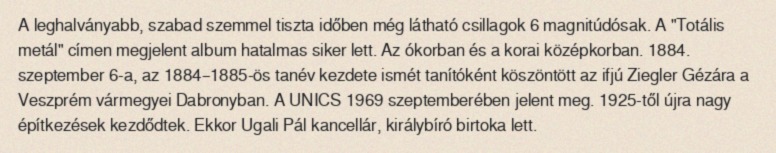
A leghalványabb, szabad szemmel tiszta időben még látható csillagok 6 magnitúdósak. A "Totális metál" címen megjelent album hatalmas siker lett. Az ókorban és a korai középkorban. 1884. szeptember 6-a, az 1884–1885-ös tanév kezdete ismét tanítóként köszöntött az ifjú Ziegler Gézára a Veszprém vármegyei Dabronyban. A UNICS 1969 szeptemberében jelent meg. 1925-től újra nagy építkezések kezdődtek. Ekkor Ugali Pál kancellár, királybíró birtoka lett.